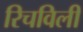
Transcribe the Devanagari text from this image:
रिचविली